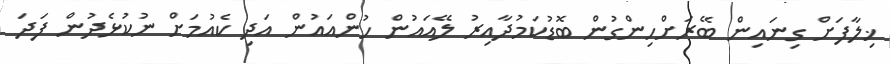
ޚިލާފަށް ގިނައިން ބޭރަށްހިންގުން ބޮޑުކަމުދާއިރު ލޭއައުން ހުންއައުން އަދި ކެއުމަށް ނުކުޅެދުން ފަދަ